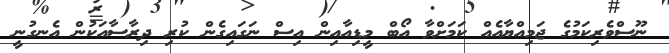
ނޫސްވެރިކަމުގެ ޖަމިއްޔާއެއް ކަމަށްވާ އޯބް މީޑިއާއިން އިސް ނަގައިގެން ކުރި ދިރާސާއަކުން އެނގުނީ